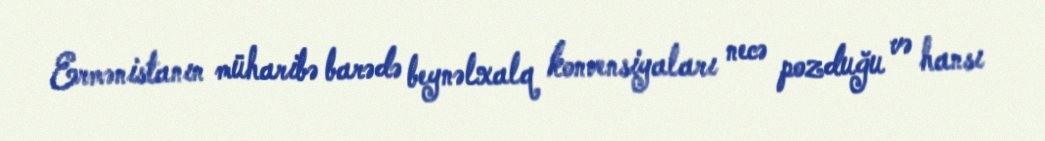
Ermənistanın müharibə barədə beynəlxalq konvensiyaları necə pozduğu və hansı